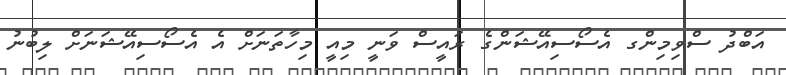
އަބްދު ސްވިމިންގ އެސޯސިއޭޝަންގެ ރައީސް ވަނީ މިއީ މިހާތަނަށް އެ އެސޯސިއޭޝަނަށް ލިބުނު